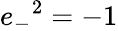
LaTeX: {e_{-}}^{2}=-1